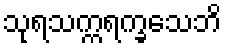
သုရသက္ကရက္ခသေဘိ